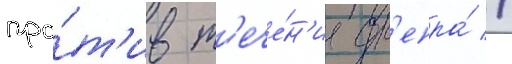
про́т'ив т'ече́н'иа дн'епра́ //